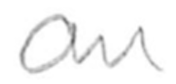
Text: an
Cross-out: clean
Writing tool: pencil